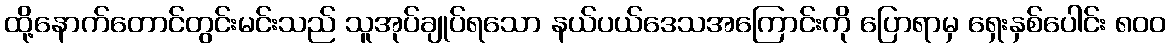
ထို့နောက်တောင်တွင်းမင်းသည် သူအုပ်ချုပ်ရသော နယ်ပယ်ဒေသအကြောင်းကို ပြောရာမှ ရှေးနှစ်ပေါင်း ၈၀၀